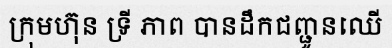
ក្រុមហ៊ុន ទ្រី ភាព បានដឹកជញ្ជូនឈើ